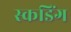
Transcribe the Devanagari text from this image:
स्कडिंग